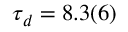
\tau _ { d } = 8 . 3 ( 6 )